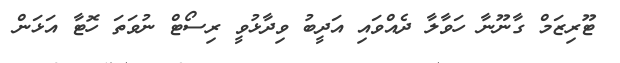
ޓޫރިޒަމް ގާނޫނާ ހަވާލާ ދެއްވައި އަދީބު ވިދާޅުވީ ރިސޯޓް ނުވަތަ ހޮޓާ އަޅަން